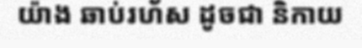
យ៉ាង ឆាប់រហ័ស ដូចជា និកាយ